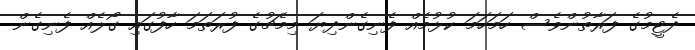
ދެޓީމުގެ ފަރާތުންވެސް ހަމަހަމަ ކުޅުމެއް ފެނިގެންދިޔަ މިމެޗުގެ ފުރަތަމަ ހާފުގައި ގޯލެއް ފެނިގެން